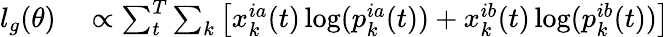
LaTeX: \begin{array}{rl}{l_{g}(\theta)}&{{}\propto\sum_{t}^{T}\sum_{k}\left[x_{k}^{ia}(t)\log(p_{k}^{ia}(t))+x_{k}^{ib}(t)\log(p_{k}^{ib}(t))\right]}\end{array}